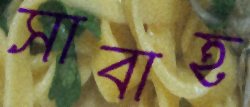
সাবাহ